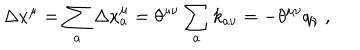
LaTeX: \Delta x ^ { \mu } = \sum _ { a } \Delta x _ { a } ^ { \mu } = \theta ^ { \mu \nu } \sum _ { a } k _ { a \nu } = - \theta ^ { \mu \nu } q _ { \nu } \ ,